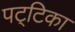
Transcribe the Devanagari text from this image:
पट्‌टिका